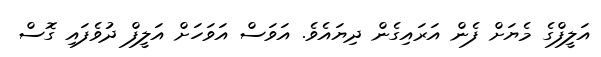
އަލީފްގެ މެޔަށް ފެން އަރައިގެން ދިޔައެވެ. އަވަސް އަވަހަށް އަލީފް ދުވެފައި ގޮސް